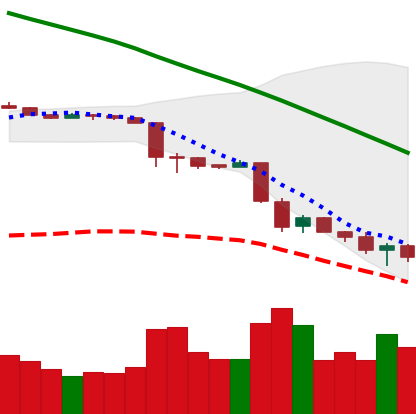
Ticker: ETH-USD
Chart end date: 2018-11-26
Forward return: 9.508%
Label: up_7plus